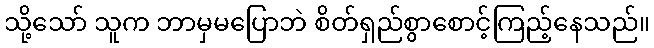
သို့သော် သူက ဘာမှမပြောဘဲ စိတ်ရှည်စွာစောင့်ကြည့်နေသည်။